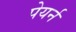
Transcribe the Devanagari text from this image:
पेयर्न